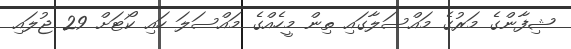
ޝިފާންގެ މަރުގެ މައްސަލާގައި ތިން މީހެއްގެ މައްސަލަ ހައި ކޯޓަށް 29 ޖުލައި